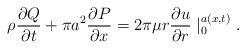
LaTeX: \begin{align*}\rho\frac{\partial Q}{\partial t}+\pi a^{2}\frac{\partial P}{\partial x}=2\pi\mu r\frac{\partial u}{\partial r}\mid_{0}^{a\left(x,t\right)}.\end{align*}